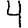
Digit: 4